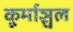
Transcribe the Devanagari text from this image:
कूर्माञ्चल